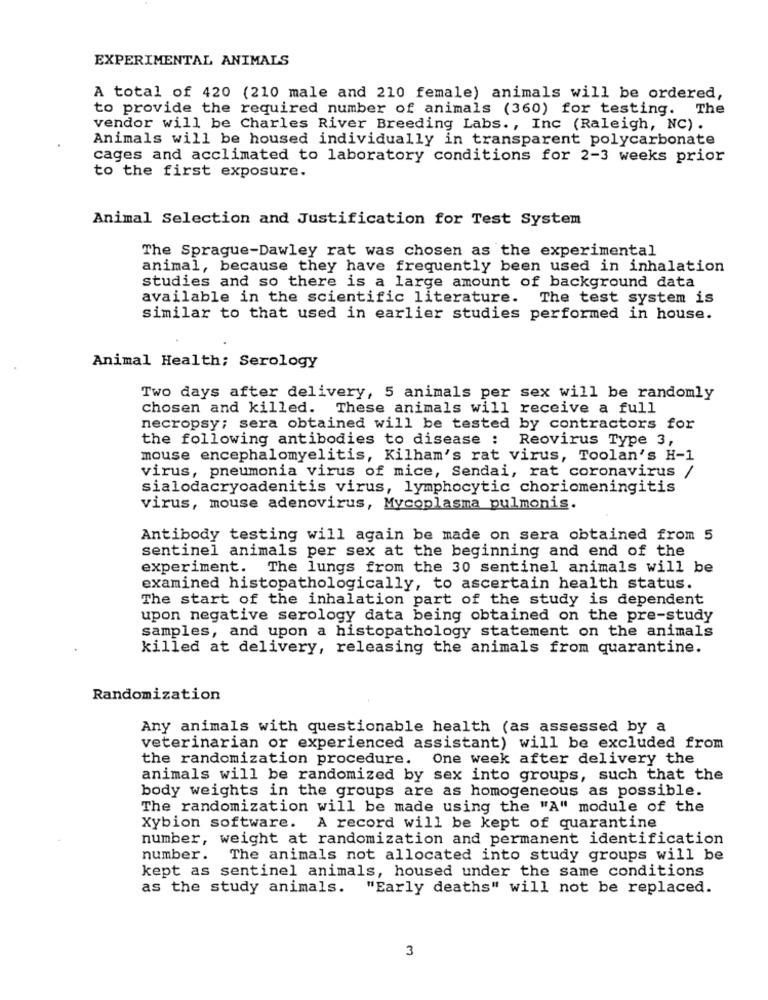
EXPERIMENTAL ANIMALS
A total of 420 (210 male and 210 female) animals will be ordered,
to provide the required number of animals (360) for testing. The
vendor will be Charles River Breeding Labs ., Inc (Raleigh, NC) .
Animals will be housed individually in transparent polycarbonate
cages and acclimated to laboratory conditions for 2-3 weeks prior
to the first exposure.
Animal Selection and Justification for Test System
The Sprague-Dawley rat was chosen as the experimental
animal, because they have frequently been used in inhalation
studies and so there is a large amount of background data
available in the scientific literature.
The test system is
similar to that used in earlier studies performed in house.
Animal Health; Serology
Two days after delivery, 5 animals per sex will be randomly
chosen and killed. These animals will receive a full
necropsy; sera obtained will be tested by contractors for
the following antibodies to disease : Reovirus Type 3,
mouse encephalomyelitis, Kilham's rat virus, Toolan's H-1
virus, pneumonia virus of mice, Sendai, rat coronavirus /
sialodacryoadenitis virus, lymphocytic choriomeningitis
virus, mouse adenovirus, Mycoplasma pulmonis.
Antibody testing will again be made on sera obtained from 5
sentinel animals per sex at the beginning and end of the
experiment. The lungs from the 30 sentinel animals will be
examined histopathologically, to ascertain health status.
The start of the inhalation part of the study is dependent
upon negative serology data being obtained on the pre-study
samples, and upon a histopathology statement on the animals
killed at delivery, releasing the animals from quarantine.
Randomization
Any animals with questionable health (as assessed by a
veterinarian or experienced assistant) will be excluded from
the randomization procedure. One week after delivery the
animals will be randomized by sex into groups, such that the
body weights in the groups are as homogeneous as possible.
The randomization will be made using the "A" module of the
Xybion software. A record will be kept of quarantine
number, weight at randomization and permanent identification
number. The animals not allocated into study groups will be
kept as sentinel animals, housed under the same conditions
as the study animals. "Early deaths" will not be replaced.
3